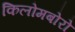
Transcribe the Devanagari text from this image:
किलोमबोरो